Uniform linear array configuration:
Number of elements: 24
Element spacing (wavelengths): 0.5
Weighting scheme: hamming
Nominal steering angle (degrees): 0
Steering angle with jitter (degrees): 0.3091
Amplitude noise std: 0.05
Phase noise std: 0.05

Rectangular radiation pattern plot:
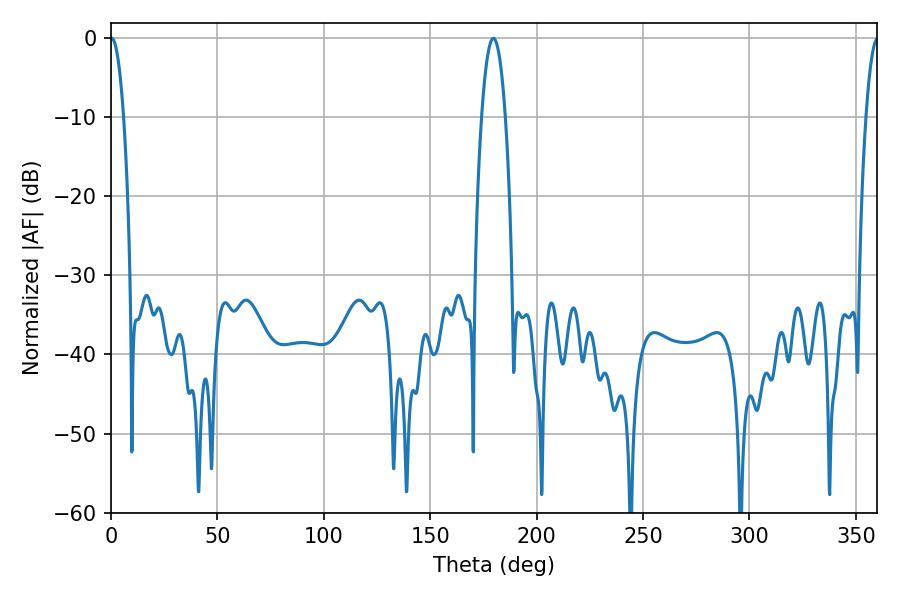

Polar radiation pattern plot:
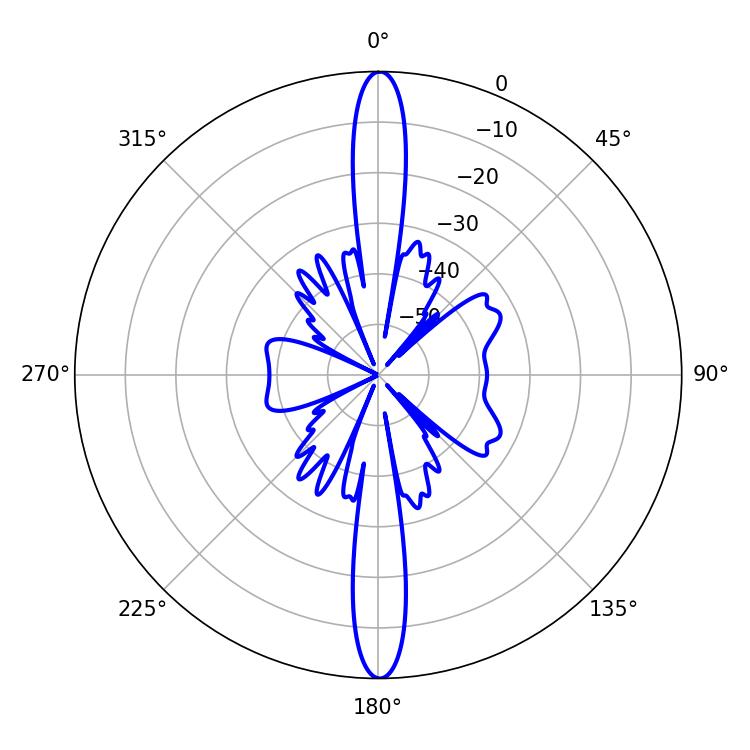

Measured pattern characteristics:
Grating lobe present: FALSE
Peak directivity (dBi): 31.427
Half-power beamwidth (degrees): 3.42
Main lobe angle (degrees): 0.36